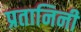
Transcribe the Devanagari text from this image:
प्रतानिनी